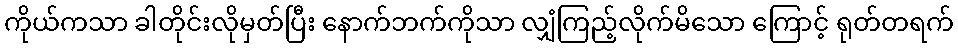
ကိုယ်ကသာ ခါတိုင်းလိုမှတ်ပြီး နောက်ဘက်ကိုသာ လျှံကြည့်လိုက်မိသော ကြောင့် ရုတ်တရက်